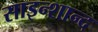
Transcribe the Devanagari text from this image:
साइन्शान्द